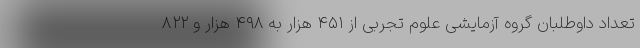
تعداد داوطلبان گروه آزمایشی علوم تجربی از ۴۵۱ هزار به ۴۹۸ هزار و ۸۲۲